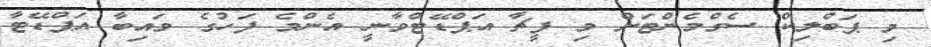
މި ޕަބްލިކް ސެގްމެންޓަށް މި ފީޗާ އަޕްޑޭޓްވާނީ އެންމެ ފަހުގެ ވައިބާ އަޕްޑޭޓާ